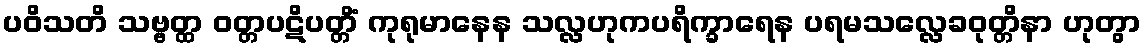
ပဝိသတိ သဗ္ဗတ္ထ ဝတ္တပဋိပတ္တိံ ကုရုမာနေန သလ္လဟုကပရိက္ခာရေန ပရမသလ္လေခဝုတ္တိနာ ဟုတွာ